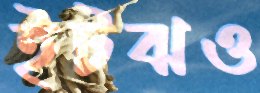
ইটঝও